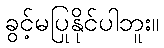
ခွင့်မပြုနိုင်ပါဘူး။